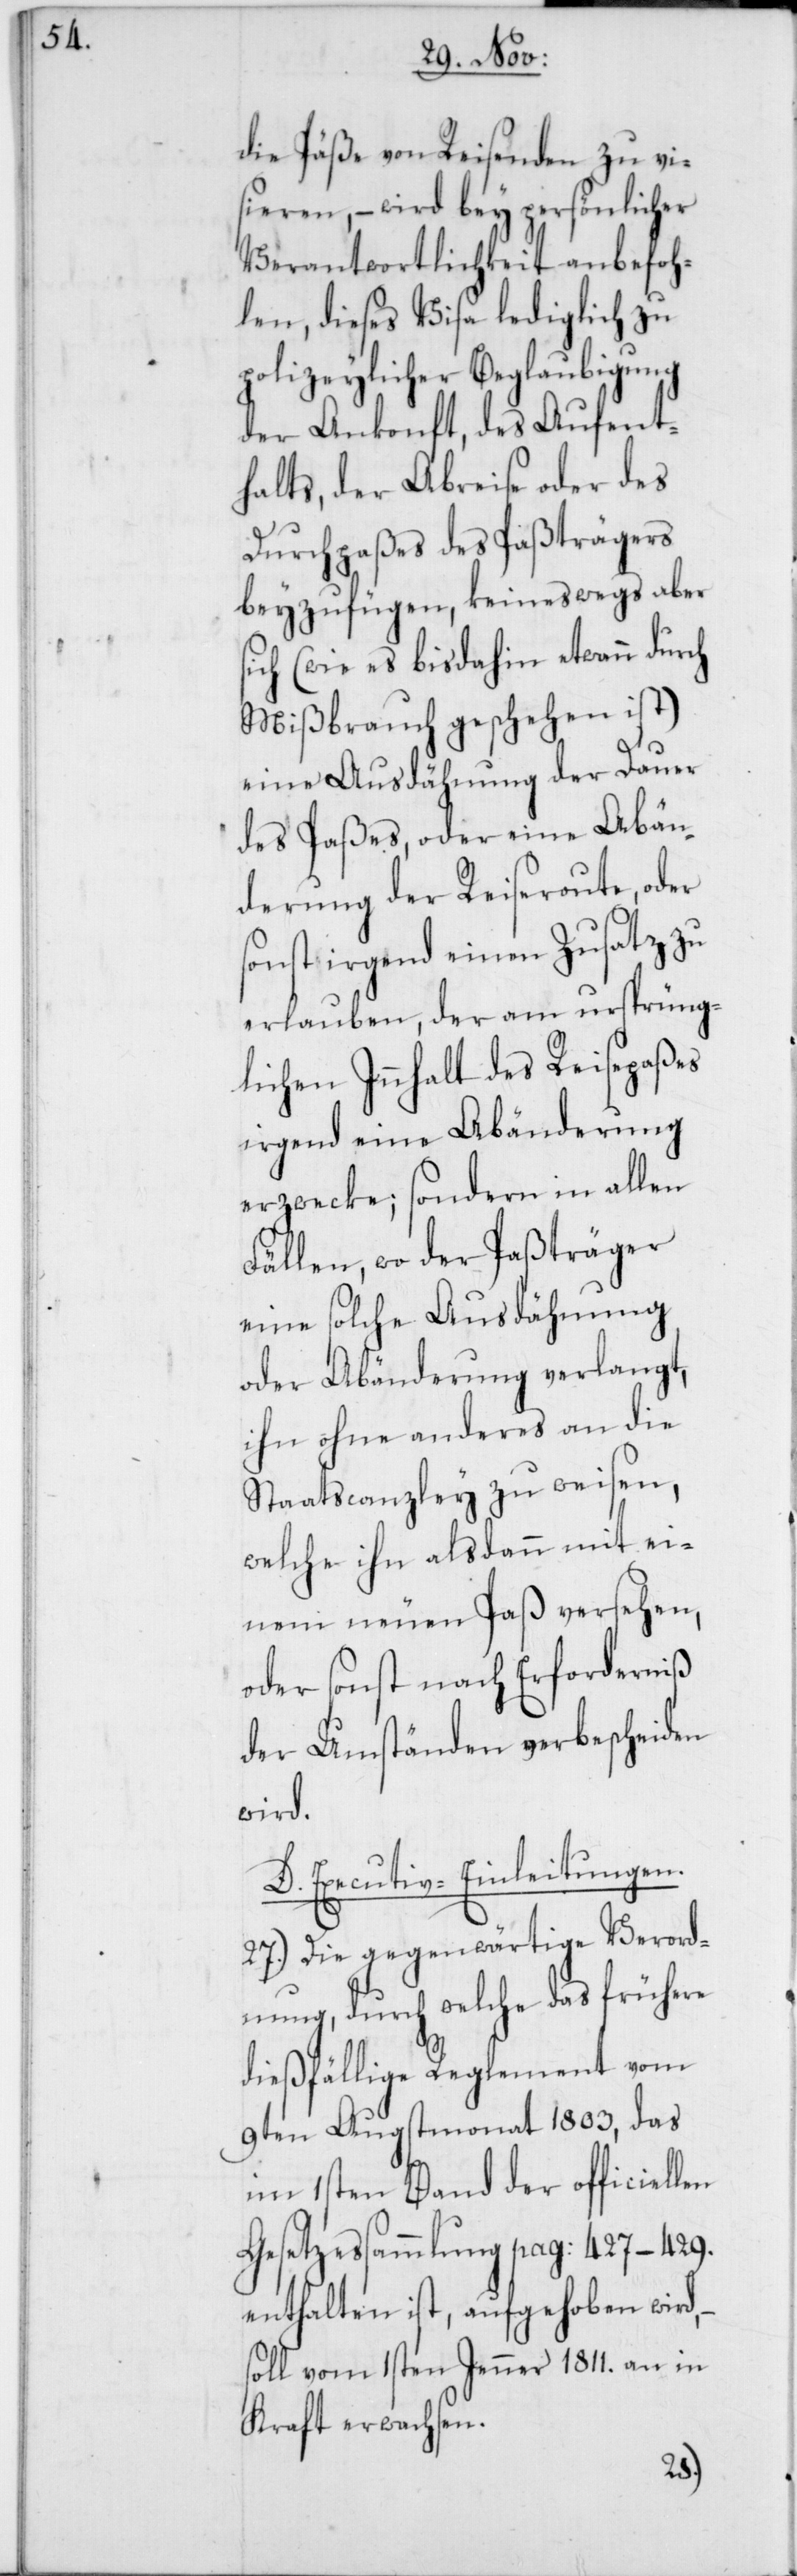
die Päße von Reisenden zu vi¬
sieren, – wird bey persönlicher
Verantwortlichkeit anbefoh¬
len, dieses Visa lediglich zu
polizeylicher Beglaubigung
der Ankonft, des Aufent¬
halts, der Abreise oder des
Durchpaßes des Paßträgers
beyzufügen, keineswegs aber
sich (wie es bis dahin etwann durch
Mißbrauch geschehen ist)
eine Ausdähnung der Dauer
des Paßes oder eine Abän¬
derung der Reiseroute, oder
sonst irgend einen Zusatz zu
erlauben, der am ursprüng¬
lichen Innhalt des Reisepaßes
irgend eine Abänderung
erzwecke; sondern in allen
Fällen, wo der Paßträger
eine solche Ausdähnung
oder Abänderung verlangt,
ihn ohne anderes an die
Staatscanzley zu weisen,
welche ihn alsdann mit ei¬
nem neuen Paß versehen,
oder sonst nach Erforderniß
der Umständen verbescheiden
wird.
D. Executiv-Einleitungen.
27.) Die gegenwärtige Verord¬
nung, durch welche das frühere
dießfällige Reglement vom
9ten Augstmonat 1803, das
im 1sten Band der officiellen
Gesetzessammlung pag: 427–429.
enthalten ist, aufgehoben wird,
soll vom 1sten Jenner 1811. an in
Kraft erwachsen.